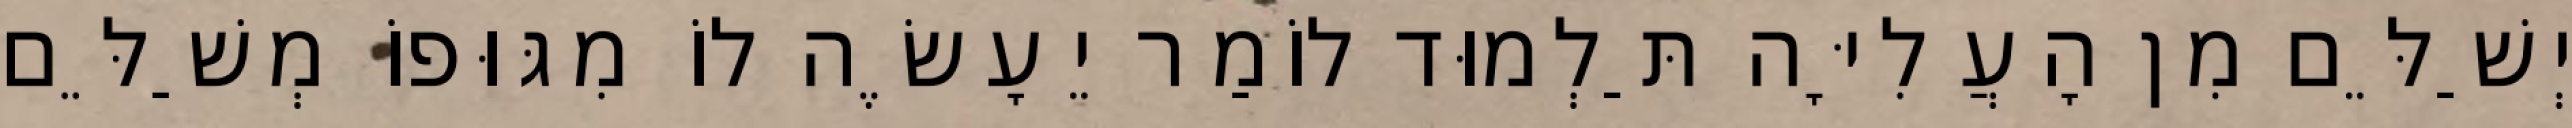
יְשַׁלֵּם מִן הָעֲלִיָּה תַּלְמוּד לוֹמַר יֵעָשֶׂה לוֹ מִגּוּפוֹ מְשַׁלֵּם